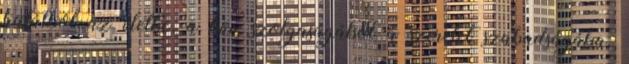
halálból az életbe, a bűn szolgaságából a szeretet szabadságába.